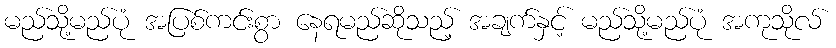
မည်သို့မည်ပုံ အပြစ်ကင်းစွာ နေရမည်ဆိုသည့် အချက်နှင့် မည်သို့မည်ပုံ အကုသိုလ်